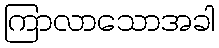
ကြာလာသောအခါ